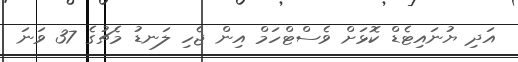
އަދި ޔުނައިޓެޑް ކޮޅަށް ވެސްޓްހަމް އިން ޖެހި ލަނޑު މެޗުގެ 37 ވަނަ